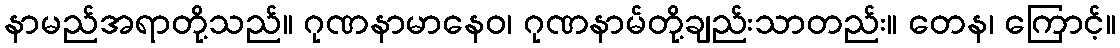
နာမည်အရာတို့သည်။ ဂုဏနာမာနေဝ၊ ဂုဏနာမ်တို့ချည်းသာတည်း။ တေန၊ ကြောင့်။